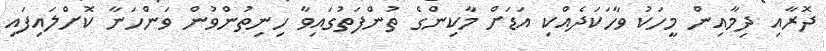
ދޮރާއި ދިމާއިން މީހަކު ވާހަކަދެއްކި އަޑަށް މާކިންގެ ތުންފަތުގައިވާ ހިނިތުންވުން ވަންހަނާ ކޮށްލައިފައި